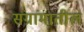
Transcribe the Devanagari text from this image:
संग्रांमातील